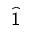
\widehat { \sf 1 }